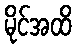
မိုင်အထိ